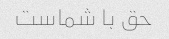
حق با شماست